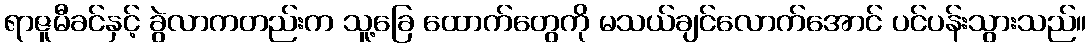
ရာဇူမီခင်နှင့် ခွဲလာကတည်းက သူ့ခြေ ထောက်တွေကို မသယ်ချင်လောက်အောင် ပင်ပန်းသွားသည်။